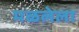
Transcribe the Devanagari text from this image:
मळलेला